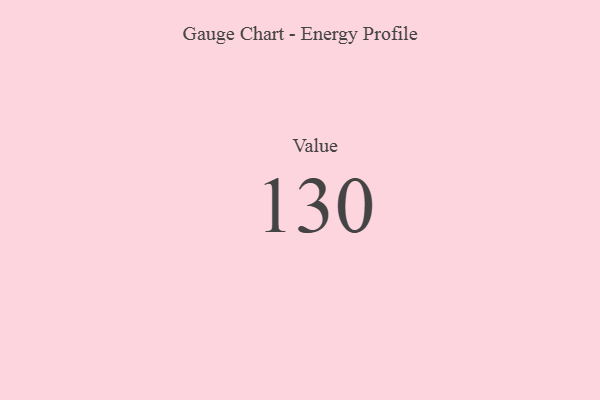
{"axis": {"x": "Metric", "y": "Value"}, "legend": [""], "data": [{"x": "Value", "y": 130, "type": ""}]}